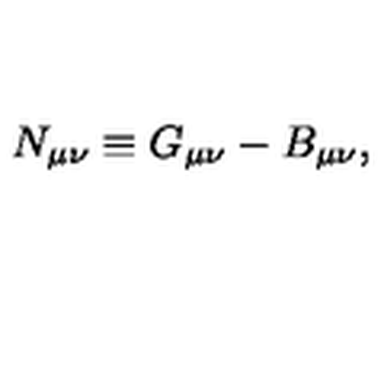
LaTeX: N _ { \mu \nu } \equiv G _ { \mu \nu } - B _ { \mu \nu } ,